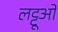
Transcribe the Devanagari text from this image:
लट्टूओं